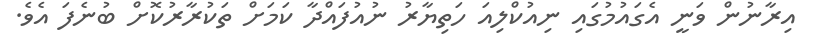
އިރާނުން ވަނީ އެގައުމުގައި ނިއުކްލިއަ ހަތިޔާރު ނުއުފައްދާ ކަމަށް ތަކުރާރުކޮށް ބުނެފަ އެވެ.